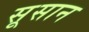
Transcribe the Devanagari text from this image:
सूसान